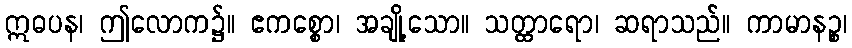
ဣဓပန၊ ဤလောက၌။ ဧကစ္စော၊ အချို့သော။ သတ္ထာရော၊ ဆရာသည်။ ကာမာနဉ္စ၊